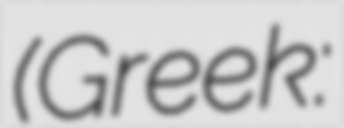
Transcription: (Greek: